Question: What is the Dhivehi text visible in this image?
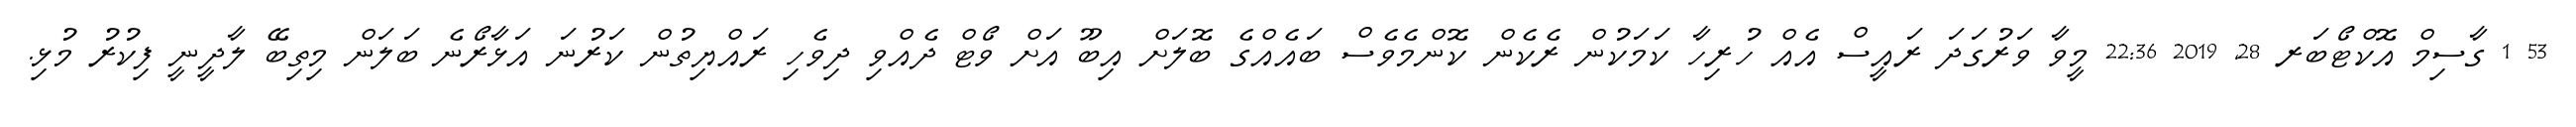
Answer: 53 1 ގާސިމް އޮކްޓޯބަރ 28, 2019 22:36 މީވާ ވަރުގަދަ ރައީސް އެއް ހުރިހާ ކަމަކުން ރެކެން ކޮންމެވެސް ބައެއްގެ ބޮލަށް އިބޫ އަށް ވޯޓް ދެއްވި ދިވެހި ރައްޔިތުން ކަރުނަ އަޅާރޯނެ ބަލަން މިތިބޭ ލާދީނީ ފިކުރު މުޅި.